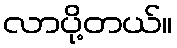
လာပို့တယ်။